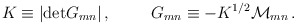
\begin{align*}K\equiv |{\rm det} G_{mn}|\, ,\hspace{1cm}G_{mn}\equiv -K^{1/2}{\cal M}_{mn}\, .\end{align*}